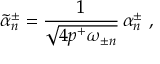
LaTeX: \tilde { \alpha } _ { n } ^ { \pm } = { \frac { 1 } { \sqrt { 4 p ^ { + } \omega _ { \pm n } } } } \, \alpha _ { n } ^ { \pm } \ ,